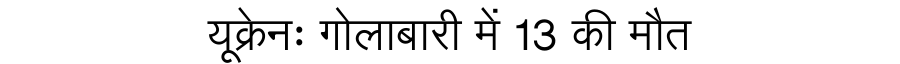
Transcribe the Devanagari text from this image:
यूक्रेनः गोलाबारी में 13 की मौत